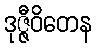
ဒုဇ္ဇီဝိတေန